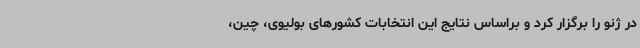
در ژنو را برگزار کرد و براساس نتایج این انتخابات کشورهای بولیوی، چین،